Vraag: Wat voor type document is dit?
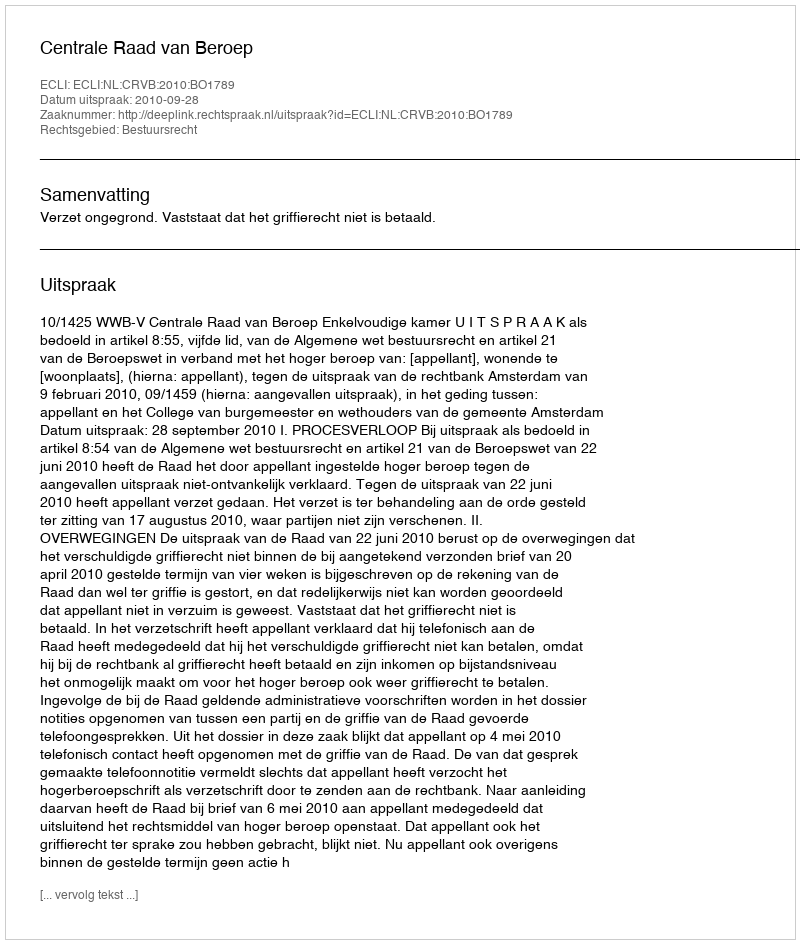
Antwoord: Uitspraak